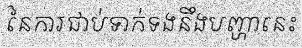
នៃការជាប់ទាក់ទងនឹងបញ្ហានេះ